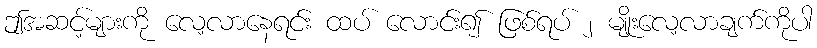
ဤအဆင့်များကို လေ့လာနေရင်း ထပ် လောင်း၍ ဖြစ်ရပ် ၂ မျိုးလေ့လာချက်ကိုပါ